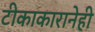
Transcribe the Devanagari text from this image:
टीकाकारानेही